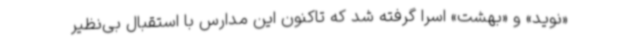
«نوید» و «بهشت» اسرا گرفته شد که تاکنون این مدارس با استقبال بی‌نظیر